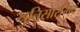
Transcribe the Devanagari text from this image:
श्रुतिसारमिदं